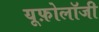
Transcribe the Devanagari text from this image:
यूफ़ोलॉजी